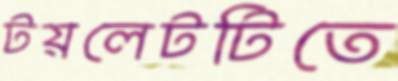
টয়লেটটিতে